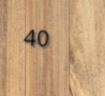
40